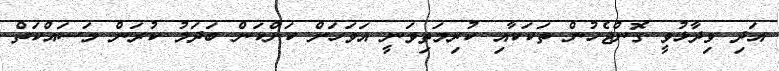
އަދި ވިދާޅުވީ ގޮންޖެހުން ތަކަކާއި ކުރިމަތިވަނީ އަވަހަށް ކަންކަން ބަދަލު ކުރަން މަސައްކަތް